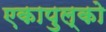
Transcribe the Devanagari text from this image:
एकापुल्को